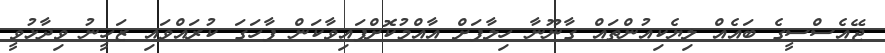
ޖޭއެސްސީގެ ބައެއް ލިޔެކިއުންތައް ގާނޫނާ ހިލާފަށް އާއްމުކޮށްފައިވާކަން ފާހަގަ ކުރައްވައި ޒަހީނު ވިދާޅުވީ